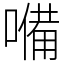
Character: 𡀠